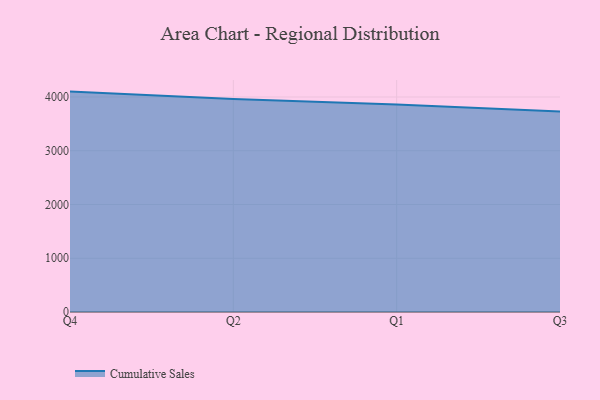
{"axis": {"x": "Quarter", "y": "Page Views"}, "legend": ["Cumulative Sales"], "data": [{"x": "Q4", "y": 4100.5, "type": "Cumulative Sales"}, {"x": "Q2", "y": 3964.9, "type": "Cumulative Sales"}, {"x": "Q1", "y": 3858.8, "type": "Cumulative Sales"}, {"x": "Q3", "y": 3731.7, "type": "Cumulative Sales"}]}